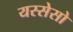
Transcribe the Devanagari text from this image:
यस्सेसो